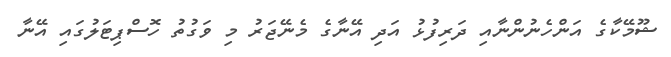
ޝޫމޭކާގެ އަންހެނުންނާއި ދަރިފުޅު އަދި އޭނާގެ މެނޭޖަރު މި ވަގުތު ހޮސްޕިޓަލުގައި އޭނާ